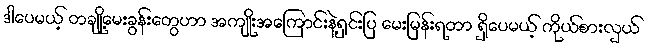
ဒါပေမယ့် တချို့မေးခွန်းတွေဟာ အကျိုးအကြောင်းနဲ့ရှင်းပြ မေးမြန်းရတာ ရှိပေမယ့် ကိုယ်စားလှယ်